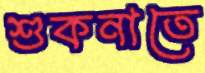
শুকনাতে